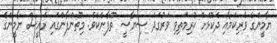
ޔާމީންގެ ވެރިކަމާއި ދެކޮޅަށް ކުރިމަތިވި ވަރުގަދަ ސިޔާސީ ތޫފާނެކެވެ. މިތޫންފާންގައި ރައީސް ޔާމީންގެ